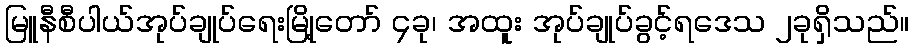
မြူနီစီပါယ်အုပ်ချုပ်ရေးမြို့တော် ၄ခု၊ အထူး အုပ်ချုပ်ခွင့်ရဒေသ ၂ခုရှိသည်။